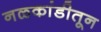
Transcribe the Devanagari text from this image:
नळकांडीतून